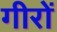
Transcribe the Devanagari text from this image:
गीरों